Report on vaccination in the Province of Bengal - 1874-1889
Year: 1874
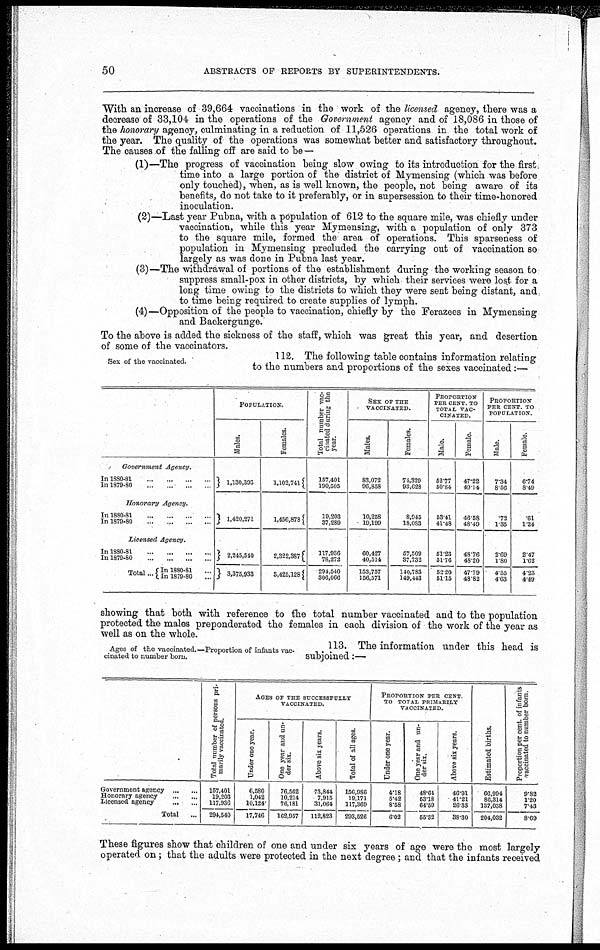
50
ABSTRACTS OF REPORTS BY SUPERINTENDENTS.
With an increase of 39,664 vaccinations in the work of the licensed agency, there was a
decrease of 33,104 in the operations of the Government agency and of 18,086 in those of
the honorary agency, culminating in a reduction of 11,526 operations in the total work of
the year. The quality of the operations was somewhat better and satisfactory throughout.
The causes of the falling off are said to be—
(1)—The progress of vaccination being slow owing to its introduction for the first
time into a large portion of the district of Mymensing (which was before
only touched), when, as is well known, the people, not being aware of its
benefits, do not take to it preferably, or in supersession to their time-honored
inoculation.
(2)—Last year Pubna, with a population of 612 to the square mile, was chiefly under
vaccination, while this year Mymensing, with a population of only 373
to the square mile, formed the area of operations. This sparseness of
population in Mymensing precluded the carrying out of vaccination so
largely as was done in Pubna last year.
(3)—The withdrawal of portions of the establishment during the working season to
suppress small-pox in other districts, by which their services were lost for a
long time owing to the districts to which they were sent being distant, and
to time being required to create supplies of lymph.
(4)—Opposition of the people to vaccination, chiefly by the Ferazees in Mymensing
and Backergunge.
To the above is added the sickness of the staff, which was great this year, and desertion
of some of the vaccinators.
Sex of the vaccinated.
112. The following table contains information relating
to the numbers and proportions of the sexes vaccinated:—
Government
Agency.
In 1880-81
...
...
...
...
In 1879-80
...
...
...
...
Honorary
Agency.
In 1880-81
...
...
...
...
In 1879-80
...
...
...
...
Licensed Agency.
In 1880-81
...
...
...
...
In 1879-80
...
...
...
...
Total... In 1880-81 ...
In 1879-80 ...
POPULATION.
Males.
1,130,393
1,420,271
2,245,540
3,375,933
Females.
1,102,741
1,456,878
2,322,387
3,425,128
Total number vac-
cinated during the
year.
157,401
190,505
19,203
37,289
117,936
78,272
294,540
306,066
SEX OF THE
VACCINATED.
Males.
83,072
96,858
10,258
19,199
60,427
40,514
153,757
156,571
Females.
74,329
93,628
8,945
18,083
57,509
37,732
140,783
149,443
PROPORTION
PER CENT. TO
TOTAL VAC-
CINATED.
Male.
52.77
50.84
53.41
41.48
51.23
51.76
52.20
51.15
Female.
47.22
49.14
46.58
48.49
48.76
48.20
47.79
48.82
PROPORTION-
PER CENT TO
POPULATION.
Male.
7.34
8.56
.72
1.35
2.69
1.80
4.55
4.63
Female.
6.74
8.49
.61
1.24
2.47
1.62
4.23
4.49
showing that both with reference to the total number vaccinated and to the population
protected the males preponderated the females in each division of the work of the year as
well as on the whole.
Ages of the vaccinated.—Proportion of infants vac-
cinated to number born.
113. The information under this head is
subjoined:—
Government agency ... ...
Honorary agency
...
...
Licensed agency
...
...
Total
...
Total number of persons pri-
marily vaccinated.
157,401
19,203
117,936
294,540
AGES OF THE SUCCESSFULLY
VACCINATED.
Under one year.
6,580
1,042
10,124
17,746
One year and un-
der six.
76,562
10,214
76,181
162,957
Above six years.
73,844
7,915
31,064
112,823
Total of all ages.
156,986
19,171
117,369
293,526
PROPORTION PER CENT.
TO TOTAL PRIMARILY
VACCINATED.
Under one year.
4.18
5.42
8.58
6.02
One year and un-
der six.
48.64
53.18
64.59
55.32
Above six years.
46.91
41.21
26.33
38.30
Estimated births.
66,994
86,314
137,038
204,032
Proportion per cent. of infants
vaccinated to number born.
9.82
1.20
7.43
8.69
These figures show that children of one and under six years of age were the most largely
operated on; that the adults were protected in the next degree; and that the infants received